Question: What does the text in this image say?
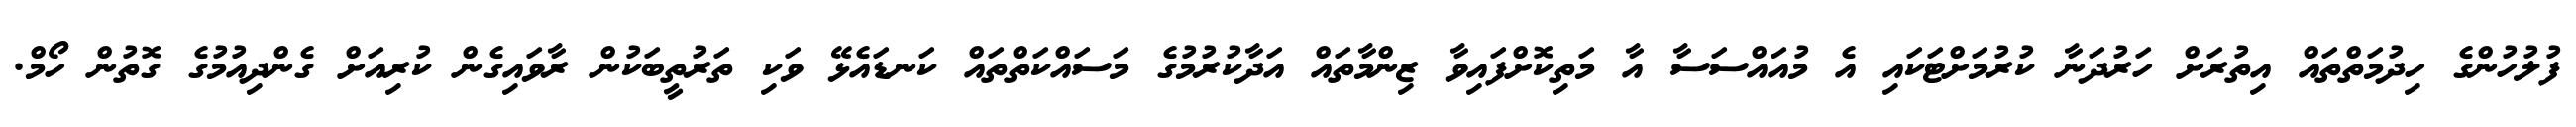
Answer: ފުލުހުންގެ ހިދުމަތްތައް އިތުރަށް ހަރުދަނާ ކުރުމަށްޓަކައި އެ މުއައްސަސާ އާ މަތިކޮށްފައިވާ ޒިންމާތައް އަދާކުރުމުގެ މަސައްކަތްތައް ކަނޑައެޅޭ ވަކި ތަރުތީބަކުން ރާވައިގެން ކުރިއަށް ގެންދިއުމުގެ ގޮތުން ހޯމް.